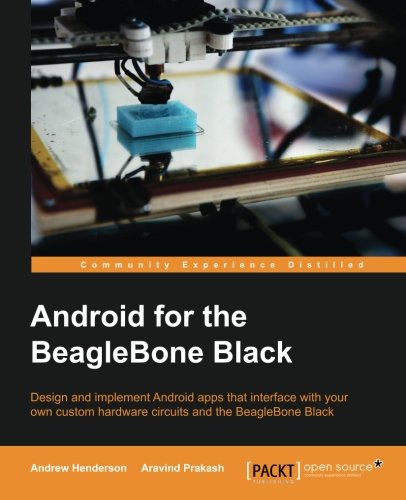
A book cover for Android Hardware Interfacing with the BeagleBone Black; Andrew Henderson; Computers & Technology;